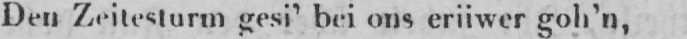
Den Zeitesturm gesi’ bei ons eriiwer goh’n,